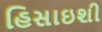
હિસાઇશી